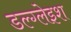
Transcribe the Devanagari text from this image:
डल्ग्लेइश